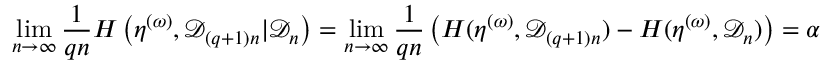
\operatorname* { l i m } _ { n \to \infty } \frac { 1 } { q n } H \left( \eta ^ { ( \omega ) } , { \mathcal D } _ { ( q + 1 ) n } | { \mathcal D } _ { n } \right) = \operatorname* { l i m } _ { n \to \infty } \frac { 1 } { q n } \left( H ( \eta ^ { ( \omega ) } , { \mathcal D } _ { ( q + 1 ) n } ) - H ( \eta ^ { ( \omega ) } , { \mathcal D } _ { n } ) \right) = \alpha